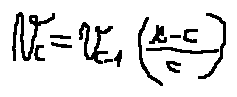
v _ { c } = v _ { c - 1 } ( \frac { r - c } { c } )